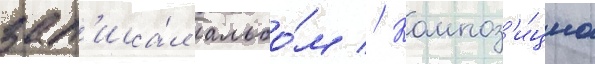
зап'иса́л альбо́м // Композ'и́циа